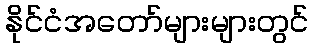
နိုင်ငံအတော်များများတွင်